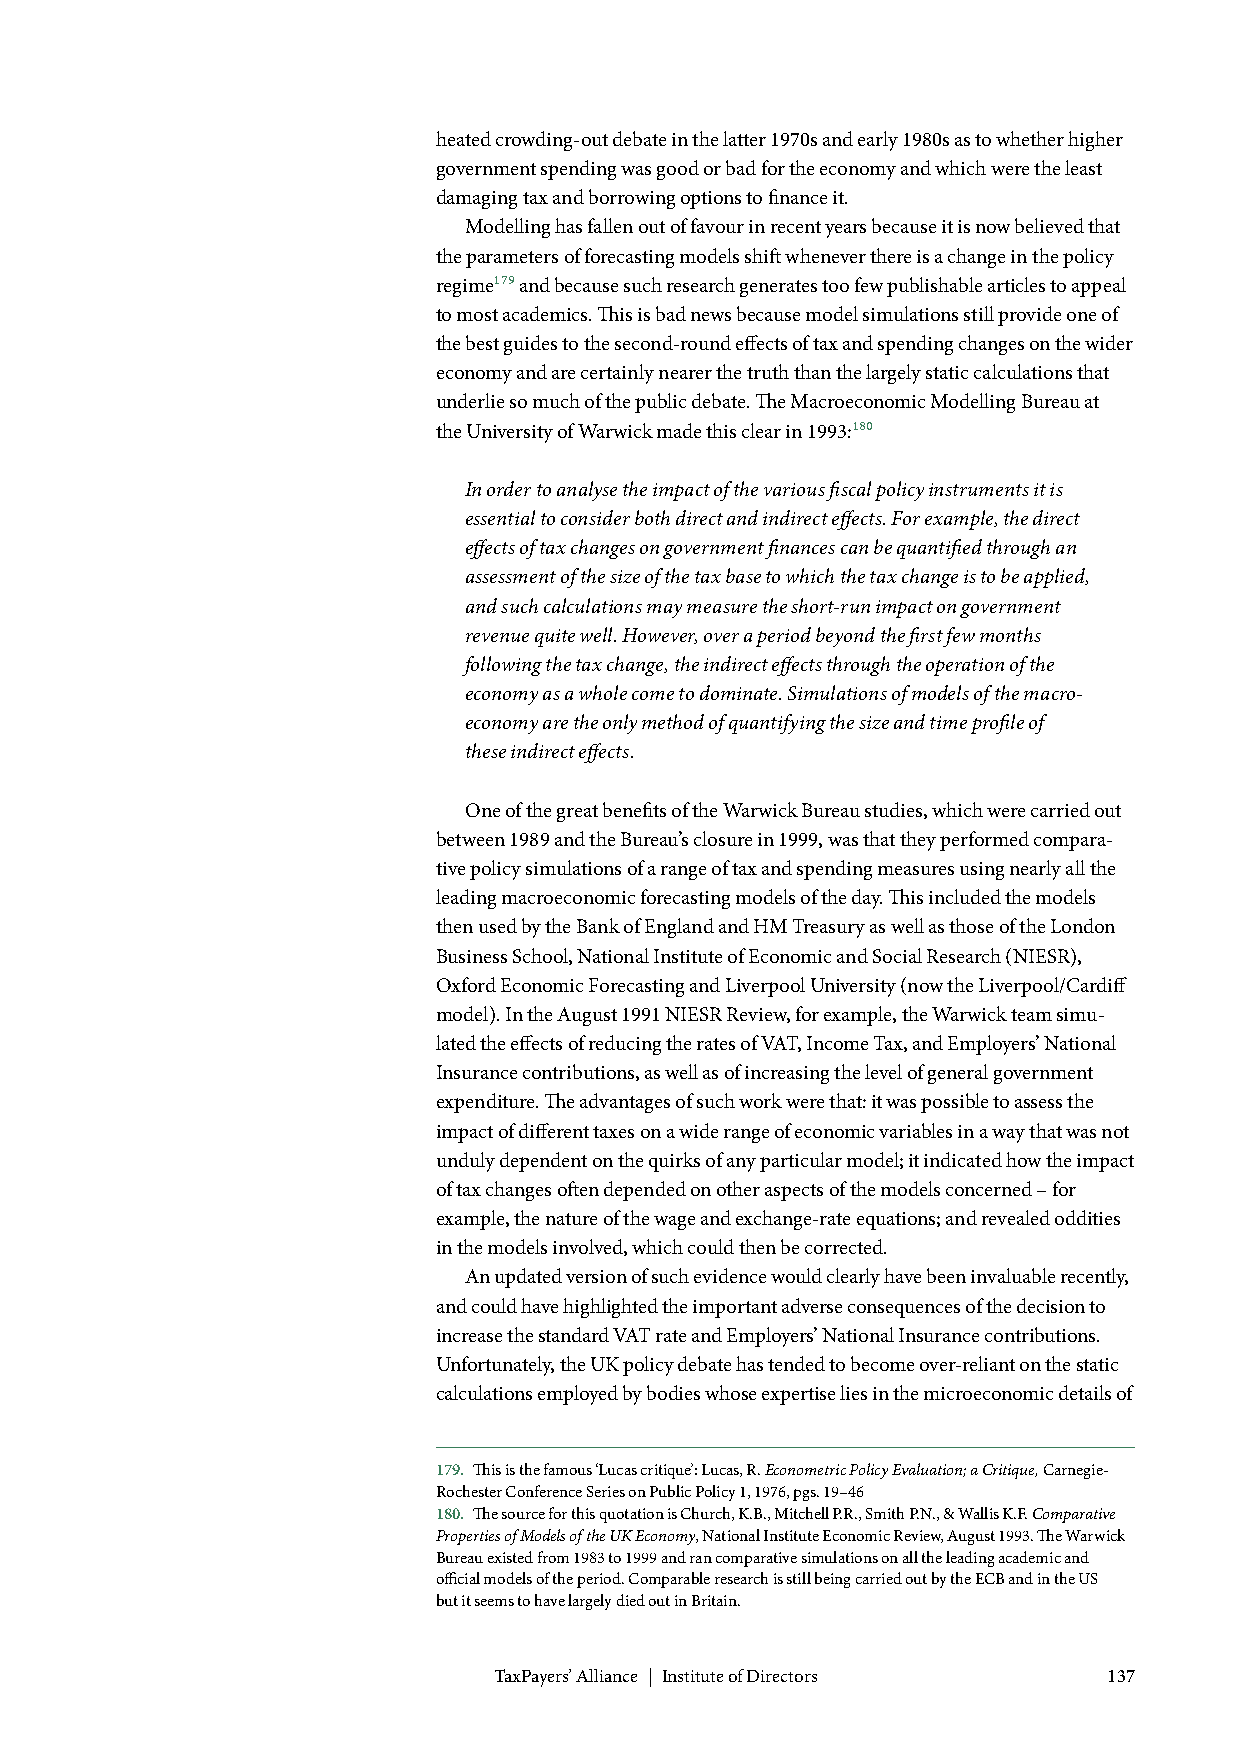
heated crowding-out debate in the latter 1970s and early 1980s as to whether higher
 government spending was good or bad for the economy and which were the least
 damaging tax and borrowing options to finance it.
 Modelling has fallen out of favour in recent years because it is now believed that
 the parameters of forecasting models shift whenever there is a change in the policy
 regime179 and because such research generates too few publishable articles to appeal
 to most academics. This is bad news because model simulations still provide one of
 the best guides to the second-round effects of tax and spending changes on the wider
 economy and are certainly nearer the truth than the largely static calculations that
 underlie so much of the public debate. The Macroeconomic Modelling Bureau at
 the University of Warwick made this clear in 1993:180
 In order to analyse the impact of the various fiscal policy instruments it is
 essential to consider both direct and indirect effects. For example, the direct
 effects of tax changes on government finances can be quantified through an
 assessment of the size of the tax base to which the tax change is to be applied,
 and such calculations may measure the short-run impact on government
 revenue quite well. However, over a period beyond the first few months
 following the tax change, the indirect effects through the operation of the
 economy as a whole come to dominate. Simulations of models of the macro-
 economy are the only method of quantifying the size and time profile of
 these indirect effects.
 One of the great benefits of the Warwick Bureau studies, which were carried out
 between 1989 and the Bureau’s closure in 1999, was that they performed compara-
 tive policy simulations of a range of tax and spending measures using nearly all the
 leading macroeconomic forecasting models of the day. This included the models
 then used by the Bank of England and HM Treasury as well as those of the London
 Business School, National Institute of Economic and Social Research (NIESR),
 Oxford Economic Forecasting and Liverpool University (now the Liverpool/Cardiff
 model). In the August 1991 NIESR Review, for example, the Warwick team simu-
 lated the effects of reducing the rates of VAT, Income Tax, and Employers’ National
 Insurance contributions, as well as of increasing the level of general government
 expenditure. The advantages of such work were that: it was possible to assess the
 impact of different taxes on a wide range of economic variables in a way that was not
 unduly dependent on the quirks of any particular model; it indicated how the impact
 of tax changes often depended on other aspects of the models concerned – for
 example, the nature of the wage and exchange-rate equations; and revealed oddities
 in the models involved, which could then be corrected.
 An updated version of such evidence would clearly have been invaluable recently,
 and could have highlighted the important adverse consequences of the decision to
 increase the standard VAT rate and Employers’ National Insurance contributions.
 Unfortunately, the UK policy debate has tended to become over-reliant on the static
 calculations employed by bodies whose expertise lies in the microeconomic details of
 179. This is the famous ‘Lucas critique’: Lucas, R. Econometric Policy Evaluation; a Critique, Carnegie-
 Rochester Conference Series on Public Policy 1, 1976, pgs. 19–46
 180. The source for this quotation is Church, K.B., Mitchell P.R., Smith P.N., & Wallis K.F. Comparative
 Properties of Models of the UK Economy, National Institute Economic Review, August 1993. The Warwick
 Bureau existed from 1983 to 1999 and ran comparative simulations on all the leading academic and
 official models of the period. Comparable research is still being carried out by the ECB and in the US
 but it seems to have largely died out in Britain.
 TaxPayers’ Alliance | Institute of Directors 137